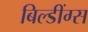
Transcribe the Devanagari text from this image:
बिल्डींग्स